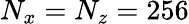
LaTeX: N_{x}=N_{z}=256